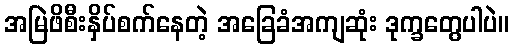
အမြဲဖိစီးနှိပ်စက်နေတဲ့ အခြေခံအကျဆုံး ဒုက္ခတွေပါပဲ။